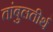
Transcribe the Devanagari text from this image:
तांबुलतीर्थ